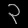
Digit: ၃